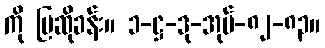
ကို ပြဆိုခန်း။ ၁-ဋ္ဌ-ဒု-အုပ်-၈၂-၈၃။